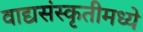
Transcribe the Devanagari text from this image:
वाद्यसंस्कृतीमध्ये